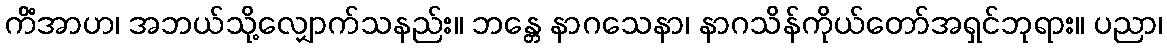
ကိံအာဟ၊ အဘယ်သို့လျှောက်သနည်း။ ဘန္တေ နာဂသေနာ၊ နာဂသိန်ကိုယ်တော်အရှင်ဘုရား။ ပညာ၊